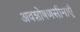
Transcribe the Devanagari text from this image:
अवशोषणसीमाएँ